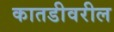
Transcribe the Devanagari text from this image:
कातडीवरील